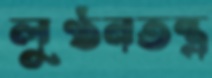
লুণ্ঠনতন্ত্র